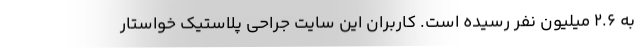
به 2.6 میلیون نفر رسیده است. کاربران این سایت جراحی پلاستیک خواستار